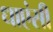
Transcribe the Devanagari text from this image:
धाएंसी